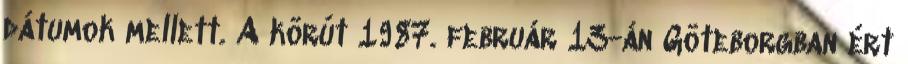
dátumok mellett. A körút 1987. február 13-án Göteborgban ért